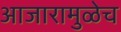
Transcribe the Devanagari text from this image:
आजारामुळेच